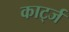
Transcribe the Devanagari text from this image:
कार्ट्ज